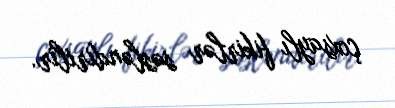
çoxsaylı fikirlər səsləndirilir.